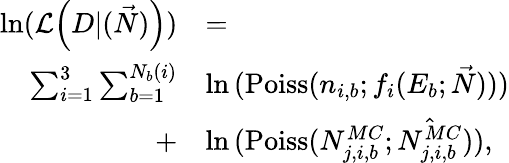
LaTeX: \begin{array}{rl}{\mathrm{ln}(\mathcal{L}\Big(D|(\vec{N})\Big))}&{=}\\ {\sum_{i=1}^{3}\sum_{b=1}^{N_{b}(i)}}&{\ln{(\mathrm{Poiss}(n_{i,b};f_{i}(E_{b};\vec{N})))}}\\ {+}&{\ln{(\mathrm{Poiss}(N_{j,i,b}^{MC};\hat{N_{j,i,b}^{MC}}))},}\end{array}